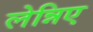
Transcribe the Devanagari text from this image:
लेन्निए